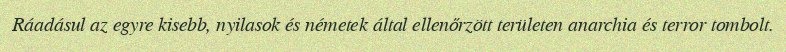
Ráadásul az egyre kisebb, nyilasok és németek által ellenőrzött területen anarchia és terror tombolt.